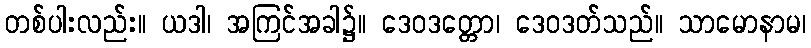
တစ်ပါးလည်း။ ယဒါ၊ အကြင်အခါ၌။ ဒေဝဒတ္တော၊ ဒေဝဒတ်သည်။ သာမောနာမ၊